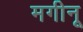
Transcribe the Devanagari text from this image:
मगीनू